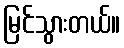
မြင်သွားတယ်။